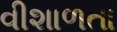
વીશાળતા